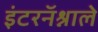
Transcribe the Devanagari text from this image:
इंटरनॅश्नाले